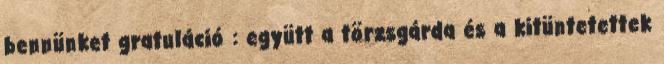
bennünket gratuláció : együtt a törzsgárda és a kitüntetettek